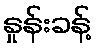
နှုန်းခန့်